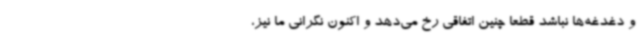
و دغدغه‌ها نباشد قطعا چنین اتفاقی رخ می‌دهد و اکنون نگرانی ما نیز،